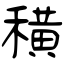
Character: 穔